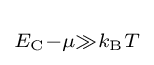
\scriptstyle E_{\rm {C}}-\mu \gg k_{\rm {B}}T